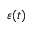
\varepsilon ( t )